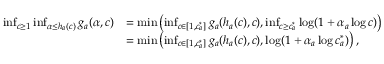
\begin{array} { r l } { \operatorname* { i n f } _ { c \geq 1 } \operatorname* { i n f } _ { \alpha \leq h _ { a } ( c ) } g _ { a } ( \alpha , c ) } & { = \operatorname* { m i n } \left( \operatorname* { i n f } _ { c \in [ 1 , c _ { a } ^ { * } ] } g _ { a } ( h _ { a } ( c ) , c ) , \operatorname* { i n f } _ { c \geq c _ { a } ^ { * } } \log ( 1 + \alpha _ { a } \log c ) \right) } \\ & { = \operatorname* { m i n } \left( \operatorname* { i n f } _ { c \in [ 1 , c _ { a } ^ { * } ] } g _ { a } ( h _ { a } ( c ) , c ) , \log ( 1 + \alpha _ { a } \log c _ { a } ^ { * } ) \right) , } \end{array}